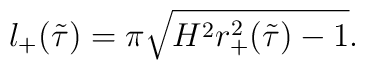
l_+(\tilde{\tau})=\pi\sqrt{H^2r_+^2(\tilde{\tau})-1}.